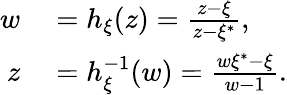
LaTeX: \begin{array}{rl}{w}&{{}=h_{\xi}(z)=\frac{z-\xi}{z-\xi^{*}},}\\ {z}&{{}=h_{\xi}^{-1}(w)=\frac{w\xi^{*}-\xi}{w-1}.}\end{array}